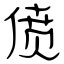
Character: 偾